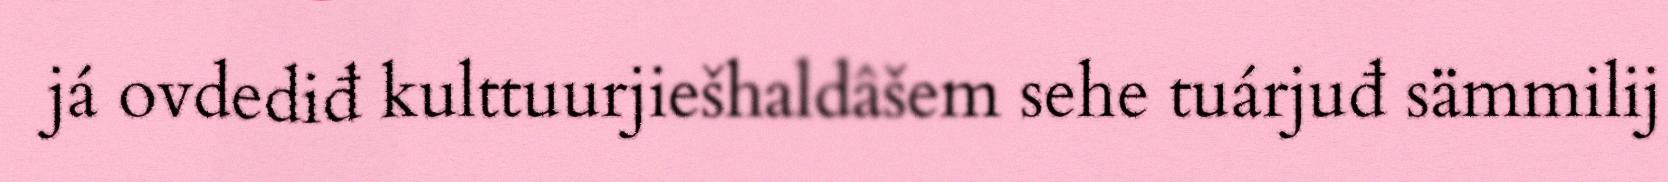
já ovdediđ kulttuurjiešhaldâšem sehe tuárjuđ sämmilij